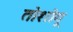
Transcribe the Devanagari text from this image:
तोशोगू